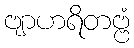
ဗျာဟရိတဗ္ဗံ